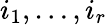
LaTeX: i_{1},\dots,i_{r}